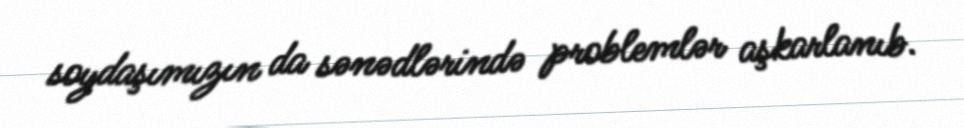
soydaşımızın da sənədlərində problemlər aşkarlanıb.